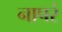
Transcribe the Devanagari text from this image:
नापरं